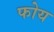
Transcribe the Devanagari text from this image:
फोय